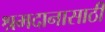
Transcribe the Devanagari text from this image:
श्रमदानासाठी